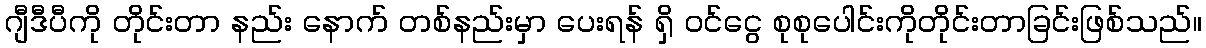
ဂျီဒီပီကို တိုင်းတာ နည်း နောက် တစ်နည်းမှာ ပေးရန် ရှိ ဝင်ငွေ စုစုပေါင်းကိုတိုင်းတာခြင်းဖြစ်သည်။